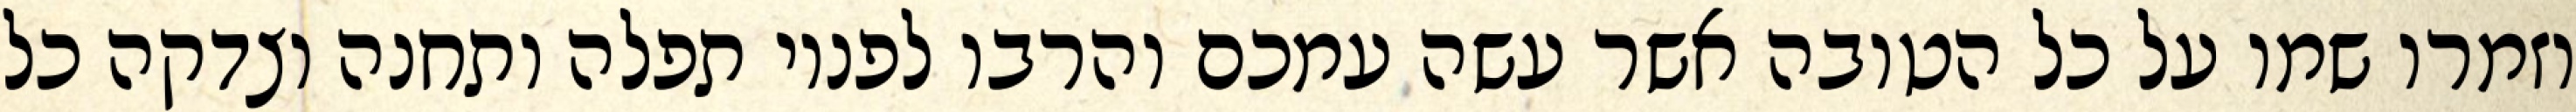
וזמרו שמו על כל הטובה אשר עשה עמכם והרבו לפניו תפלה ותחנה וצדקה כל